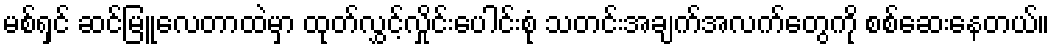
မစ်ရှင် ဆင်မြူလေတာထဲမှာ ထုတ်လွှင့်လှိုင်းပေါင်းစုံ သတင်းအချက်အလက်တွေကို စစ်ဆေးနေတယ်။